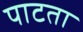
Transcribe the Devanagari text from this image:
पाटता